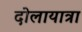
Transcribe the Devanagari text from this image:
दोलायात्रा